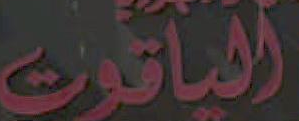
الياقوت